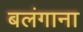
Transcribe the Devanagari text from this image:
बलंगाना